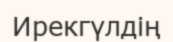
Ирекгүлдің